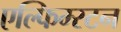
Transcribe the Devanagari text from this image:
एल्फिम्स्टन